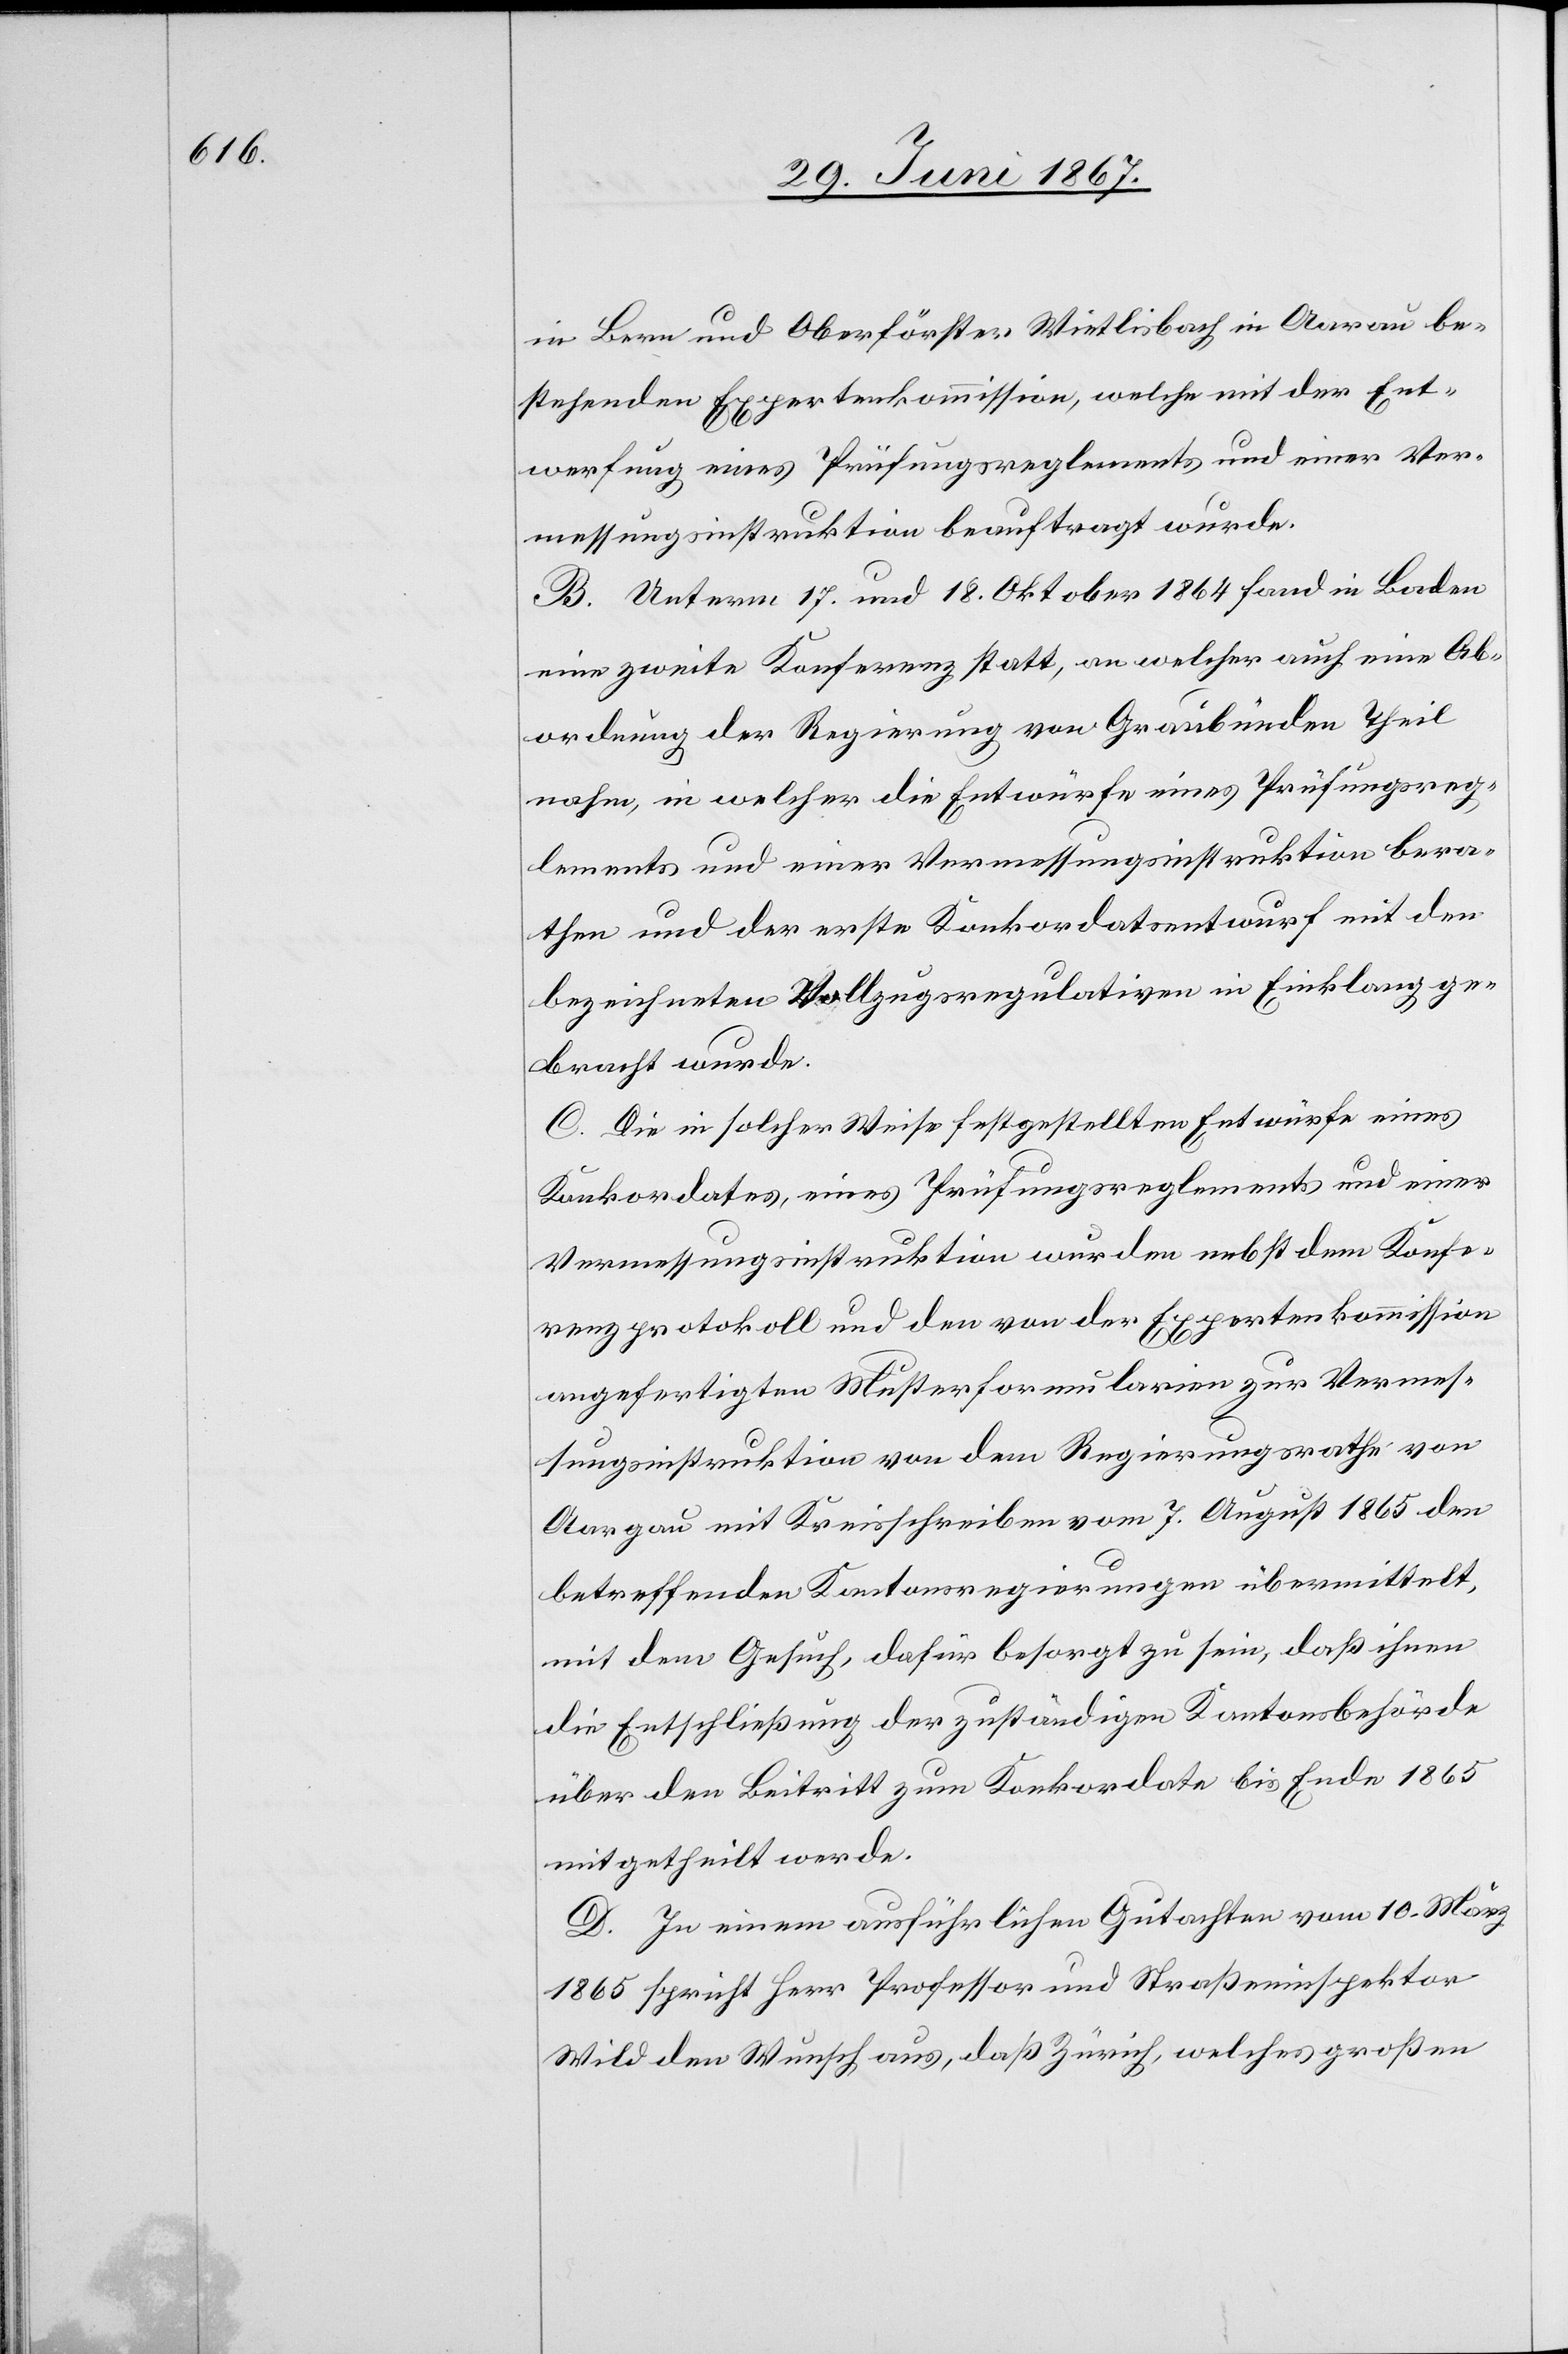
in Bern und Oberförster Wietlisbach in Aarau be¬
stehenden Expertenkommission, welche mit der Ent¬
werfung eines Prüfungsreglements und einer Ver¬
messungsinstruktion beauftragt wurde.
B. Unterm 17. Und 18. Oktober 1864 fand in Baden
eine zweite Konferenz statt, an welcher auch eine Ab¬
ordnung der Regierung von Graubünden Theil
nahm, in welcher die Entwürfe eines Prüfungsreg¬
lements und einer Vermessungsinstruktion bera¬
then und der erste Konkordatsentwurf mit den
bezeichneten Vollzugsregulativen in Einklang ge¬
bracht wurde.
C. Die in solcher Weise festgestellten Entwürfe eines
Konkordates, eines Prüfungsreglements und einer
Vermessungsinstruktion wurden nebst dem Konfe¬
renzprotokoll und den von der Expertenkommission
angefertigten Musterformularien zur Vermes¬
sungsinstruktion von dem Regierungsrathe von
Aargau mit Kreisschreiben vom 7. August 1865 den
betreffenden Kantonsregierungen übermittelt,
mit dem Gesuch, dafür besorgt zu sein, daß ihnen
die Entschließung der zuständigen Kantonsbehörde
über den Beitritt zum Konkordate bis Ende 1865
mitgetheilt werde.
D. In einem ausführlichen Gutachten vom 10. März
1865 spricht Herr Professor und Straßeninspektor
Wild den Wunsch aus, daß Zürich, welches großen